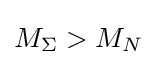
M_{\Sigma }>M_{N}\,\!